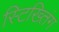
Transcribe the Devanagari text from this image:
स्टिख्तिंग